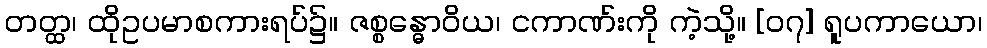
တတ္ထ၊ ထိုဥပမာစကားရပ်၌။ ဇစ္စန္ဓောဝိယ၊ ငကာဏ်းကို ကဲ့သို့။ [၀၇] ရူပကာယော၊